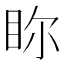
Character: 𥅘